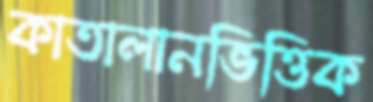
কাতালানভিত্তিক